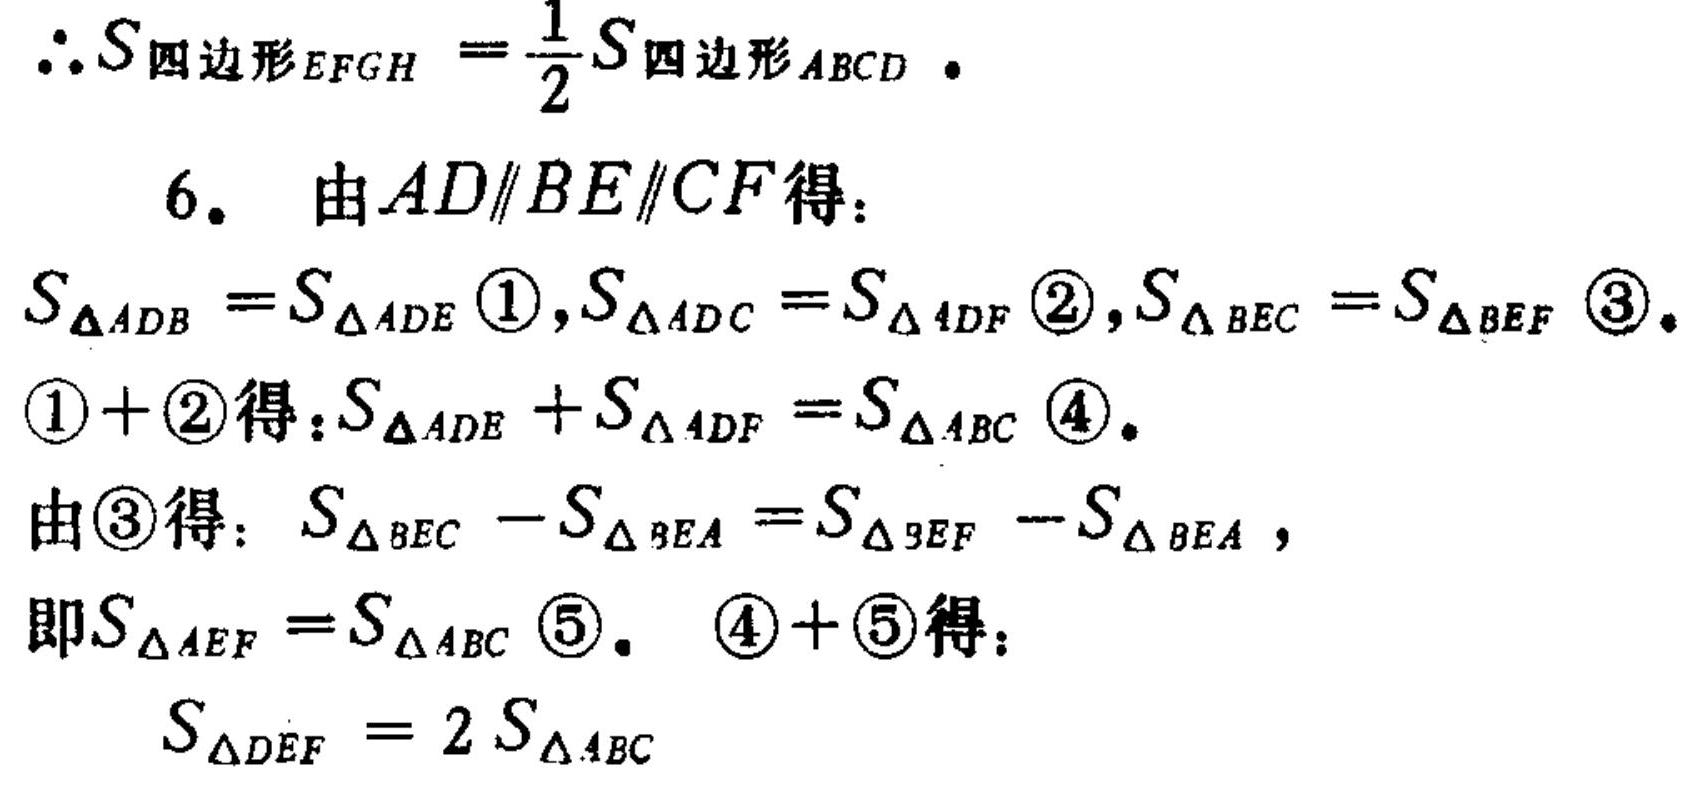
\(\therefore S_{四边形EFGH}=\frac{1}{2}S_{四边形ABCD}。\)
6. 由\(AD\parallel BE\parallel CF\)得：
\(S_{\triangle ADB}=S_{\triangle ADE} \textcircled{1},S_{\triangle ADC}=S_{\triangle ADF} \textcircled{2},S_{\triangle BEC}=S_{\triangle BEF} \textcircled{3}。\)
\(\textcircled{1}+\textcircled{2}\)得：\(S_{\triangle ADE}+S_{\triangle ADF}=S_{\triangle ABC} \textcircled{4}。\)
由\(\textcircled{3}\)得：\(S_{\triangle BEC}-S_{\triangle BEA}=S_{\triangle BEF}-S_{\triangle BEA}\)，
即\(S_{\triangle AEF}=S_{\triangle ABC} \textcircled{5}。\ \textcircled{4}+\textcircled{5}\)得：
\(S_{\triangle DEF}=2S_{\triangle ABC}\)